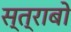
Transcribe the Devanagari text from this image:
स्त्राबो